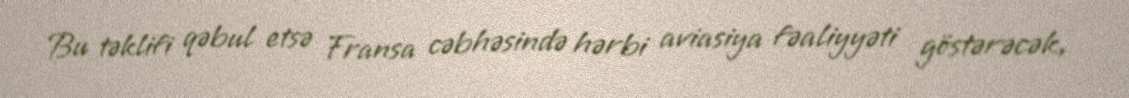
Bu təklifi qəbul etsə Fransa cəbhəsində hərbi aviasiya fəaliyyəti göstərəcək,